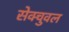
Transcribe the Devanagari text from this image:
सेक्चुवल